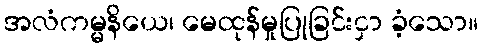
အလံကမ္မနိယေ၊ မေထုန်မှုပြုခြင်းငှာ ခံ့သော။